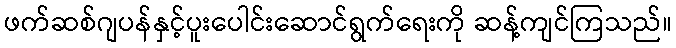
ဖက်ဆစ်ဂျပန်နှင့်ပူးပေါင်းဆောင်ရွက်ရေးကို ဆန့်ကျင်ကြသည်။